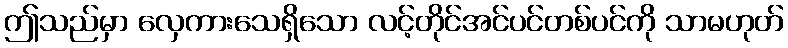
ဤသည်မှာ လှေကားသေရှိသော လင့်တိုင်အင်ပင်တစ်ပင်ကို သာမဟုတ်